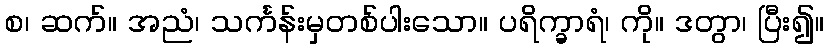
စ၊ ဆက်။ အညံ၊ သင်္ကန်းမှတစ်ပါးသော။ ပရိက္ခာရံ၊ ကို။ ဒတွာ၊ ပြီး၍။